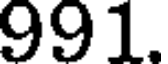
991.